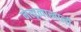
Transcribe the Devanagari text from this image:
नेत्वृत्वाखाली